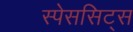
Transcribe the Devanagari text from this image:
स्पेससिट्स